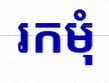
រកមុំ